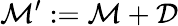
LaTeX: {\mathcal{M}}^{\prime}:={\mathcal{M}}+{\mathcal{D}}